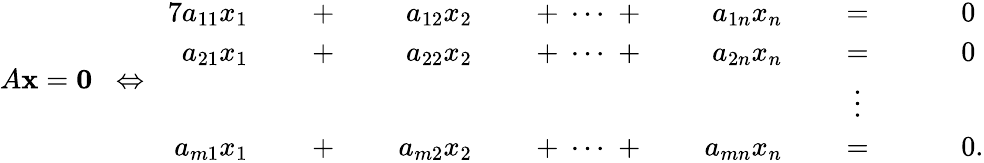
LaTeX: A\mathbf{x}=\mathbf{0}\; \; \Leftrightarrow\; \; {\begin{array}{rlrlrlrlrlrlrl}{{7}a_{11}x_{1}}&{}&{\; +\; }&{}&{a_{12}x_{2}}&{}&{\; +\; \cdots\; +\; }&{}&{a_{1n}x_{n}}&{}&{\; =\; }&{}&&{0}\\ {a_{21}x_{1}}&{}&{\; +\; }&{}&{a_{22}x_{2}}&{}&{\; +\; \cdots\; +\; }&{}&{a_{2n}x_{n}}&{}&{\; =\; }&{}&&{0}\\ &{}&&{}&&{}&&{}&&{}&{\vdots\ \; }&{}&&{}\\ {a_{m1}x_{1}}&{}&{\; +\; }&{}&{a_{m2}x_{2}}&{}&{\; +\; \cdots\; +\; }&{}&{a_{mn}x_{n}}&{}&{\; =\; }&{}&&{0{\mathrm{.}}}\end{array}}